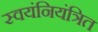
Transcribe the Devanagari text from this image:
स्वयंनियंत्रित